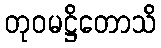
တုဝမဋ္ဌိတောသိ